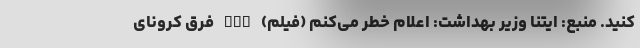
کنید. منبع: ایتنا وزیر بهداشت: اعلام خطر می‌کنم (فیلم) nan فرق کرونای